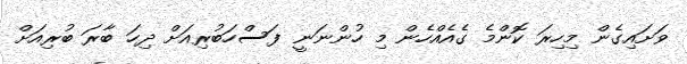
ވަށައިގެން މިހިރަ ކޮންމެ ގެއެއްހެން މި ހުންނަނީ ފަސްހަބުރިއަށް ދިހަ ބާރަ ބުރިއަށް